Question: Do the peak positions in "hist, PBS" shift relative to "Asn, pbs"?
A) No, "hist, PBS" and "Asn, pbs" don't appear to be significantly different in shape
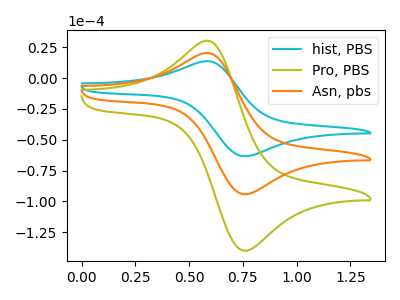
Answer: <think>The cyan curve "hist, PBS" has an anodic peak at (0.60V, 13.50uA) and a cathodic peak at (0.75V, -63.40uA). The olive curve "Pro, PBS" has an anodic peak at (0.60V, 40.20uA) and a cathodic peak at (0.75V, -188.40uA). The orange curve "Asn, pbs" has an anodic peak at (0.60V, 20.10uA) and a cathodic peak at (0.75V, -94.20uA).
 All the peaks in "hist, PBS" have a peak in "Asn, pbs" at the same potential. Every peak in "hist, PBS" is lower than every peak in "Asn, pbs".</think>
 <answer>A) No, "hist, PBS" and "Asn, pbs" don't appear to be significantly different in shape</answer>
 <eval>A</eval>